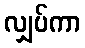
လျှပ်ကာ